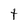
Character: t